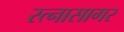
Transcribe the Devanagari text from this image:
रत्नासागर